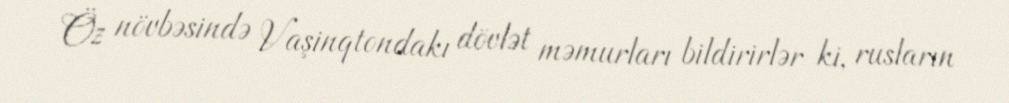
Öz növbəsində Vaşinqtondakı dövlət məmurları bildirirlər ki, rusların